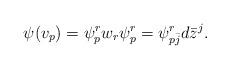
LaTeX: \begin{align*}\psi(v_p)=\psi^{r}_p w_r\psi^{r}_p=\psi^{r}_{p \bar{j}} d\bar{z}^j.\end{align*}